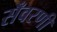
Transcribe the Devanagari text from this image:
सँवरणी